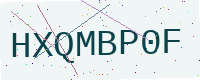
Text: HXQMBP0F